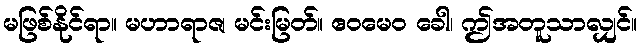
မဖြစ်နိုင်ရာ။ မဟာရာဇ၊ မင်းမြတ်။ ဧဝမေဝ ခေါ၊ ဤအတူသာလျှင်။